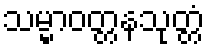
သမ္မာဝတ္တနသုတ္တံ